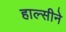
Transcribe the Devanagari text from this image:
हाल्सीने